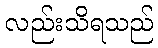
လည်းသိရသည်